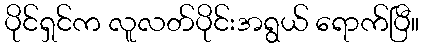
ပိုင်ရှင်က လူလတ်ပိုင်းအရွယ် ရောက်ပြီ။